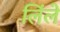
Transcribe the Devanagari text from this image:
लिंले